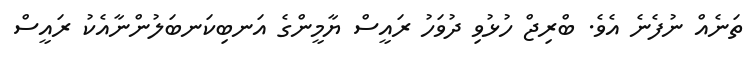
ތަނެއް ނުފެނެ އެވެ. ބްރިޖް ހުޅުވި ދުވަހު ރައީސް ޔާމީންގެ އަނބިކަނބަލުންނާއެކު ރައީސް